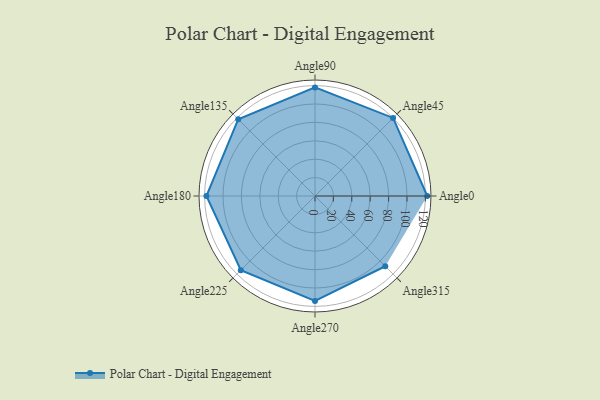
{"axis": {"x": "Angle", "y": "Radius"}, "legend": [""], "data": [{"x": "Angle0", "y": 122.0, "type": ""}, {"x": "Angle45", "y": 120.0, "type": ""}, {"x": "Angle90", "y": 118.0, "type": ""}, {"x": "Angle135", "y": 118.0, "type": ""}, {"x": "Angle180", "y": 118.0, "type": ""}, {"x": "Angle225", "y": 114.0, "type": ""}, {"x": "Angle270", "y": 114.0, "type": ""}, {"x": "Angle315", "y": 108.0, "type": ""}]}